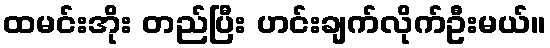
ထမင်းအိုး တည်ပြီး ဟင်းချက်လိုက်ဦးမယ်။